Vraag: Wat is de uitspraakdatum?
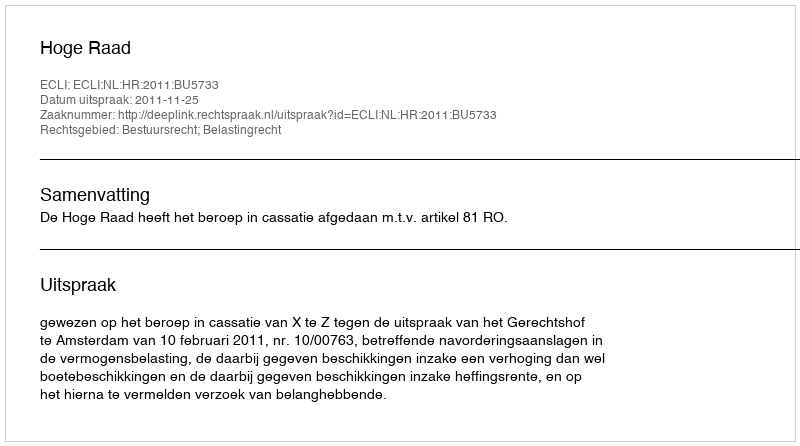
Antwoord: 2011-11-25